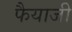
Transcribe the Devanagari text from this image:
फैयाजी